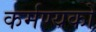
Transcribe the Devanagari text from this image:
कर्मण्यकों